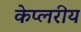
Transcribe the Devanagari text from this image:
केप्लरीय